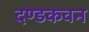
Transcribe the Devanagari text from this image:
दण्डकवन